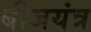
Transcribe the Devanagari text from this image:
बीजयंत्र